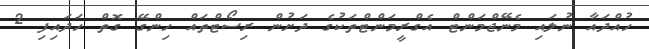
ހުއްދައާ ނުލައި މެނޭޖްމަންޓް އެގްރީމަންޓްތަކުގެ ދަށުން ރިސޯޓްތައް ހިންގޭ ގޮތް ހަދައިފި 2